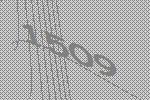
1509